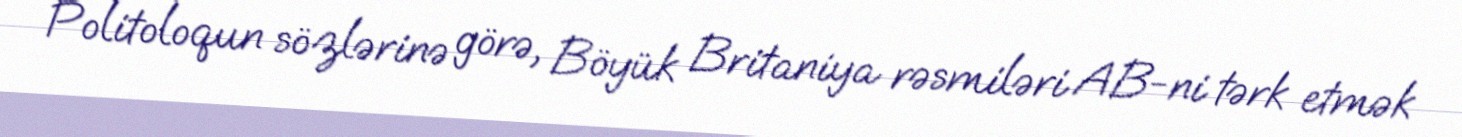
Politoloqun sözlərinə görə, Böyük Britaniya rəsmiləri AB-ni tərk etmək